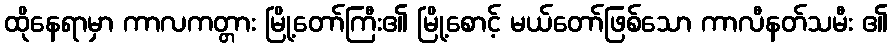
ထိုနေရာမှာ ကာလကတ္တား မြို့တော်ကြီး၏ မြို့စောင့် မယ်တော်ဖြစ်သော ကာလီနတ်သမီး ၏